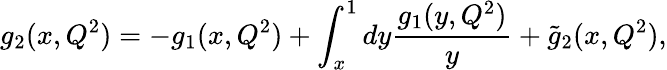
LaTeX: g_{2}(x,Q^{2})=-g_{1}(x,Q^{2})+\int_{x}^{1}dy\frac{g_{1}(y,Q^{2})}{y}+\widetilde{g}_{2}(x,Q^{2}),